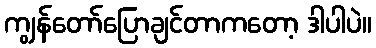
ကျွန်တော်ပြောချင်တာကတော့ ဒါပါပဲ။